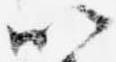
以